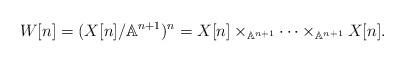
LaTeX: \begin{align*}W[n] = (X[n]/\mathbb A^{n+1})^n = X[n] \times _{\mathbb A^{n+1}} \dots \times _{\mathbb A^{n+1}} X[n].\end{align*}